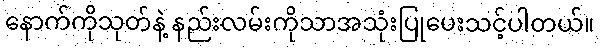
နောက်ကိုသုတ်နဲ့ နည်းလမ်းကိုသာအသုံးပြုပေးသင့်ပါတယ်။